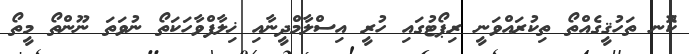
ކޮްނ ތަހުޤީގެއްތޯ ތިކުރައްވަނީ ރިޕޯޓުގައި ހުރީ އިސްލާމްދީނާއި ޚިލާފްވާހަކަތޯ ނުވަތަ ނޫންތޯ މީތޯ